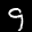
Label: 9